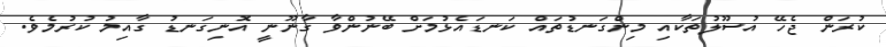
ކުރަން ޖެހޭ އުސޫލުތަކާއި މިންގަނޑުތައް ކަނޑައެޅުމަށް ބޭނުންވާ ގާނޫނީ އޮނިގަނޑު ގާއިމު ކުރުމެވެ.